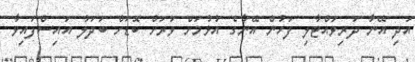
އަދި އޭނާ ދަރިވައްޓާލި ފަހުން އޭނާގެ އުޅުމަށް ވަރަށް ބޮޑަށް ބަދަލު އައިސްފައިވާ